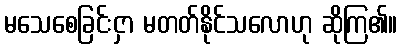
မသေစေခြင်းငှာ မတတ်နိုင်သလောဟု ဆိုကြ၏။